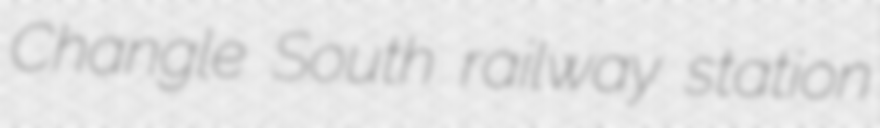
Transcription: Changle South railway station